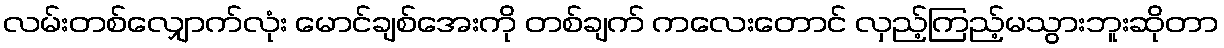
လမ်းတစ်လျှောက်လုံး မောင်ချစ်အေးကို တစ်ချက် ကလေးတောင် လှည့်ကြည့်မသွားဘူးဆိုတာ